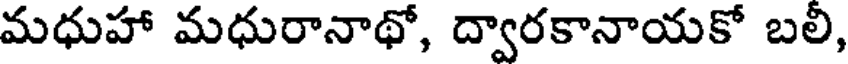
మధుహా మధురానాథో, ద్వారకానాయకో బలి,